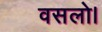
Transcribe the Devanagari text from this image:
वसलो।